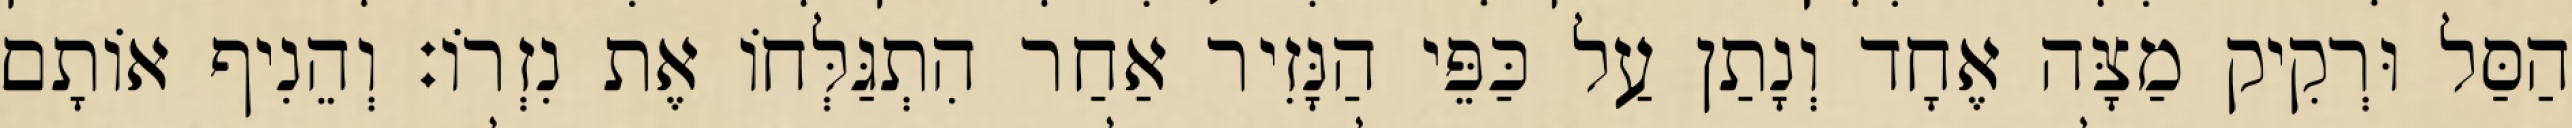
הַסַּל וּרְקִיק מַצָּה אֶחָד וְנָתַן עַל כַּפֵּי הַנָּזִיר אַחַר הִתְגַּלְּחוֹ אֶת נִזְרוֹ׃ וְהֵנִיף אוֹתָם